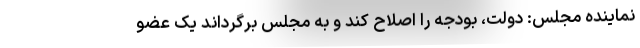
نماینده مجلس: دولت، بودجه را اصلاح کند و به مجلس برگرداند یک عضو